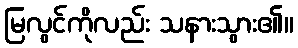
မြလွင်ကိုလည်း သနားသွား၏။